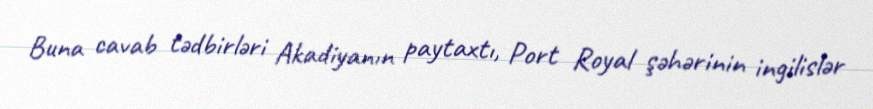
Buna cavab tədbirləri Akadiyanın paytaxtı, Port Royal şəhərinin ingilislər